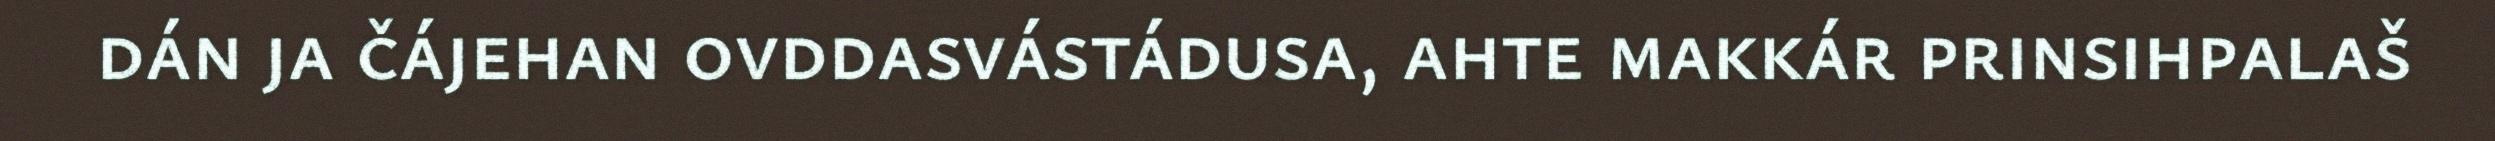
dán ja čájehan ovddasvástádusa, ahte makkár prinsihpalaš